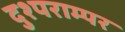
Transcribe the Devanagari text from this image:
दुश्पराम्पर